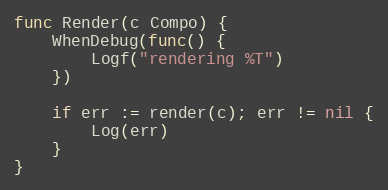
Language: Go
func Render(c Compo) {
	WhenDebug(func() {
		Logf("rendering %T")
	})

	if err := render(c); err != nil {
		Log(err)
	}
}